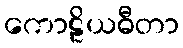
ကောဠိယဓီတာ